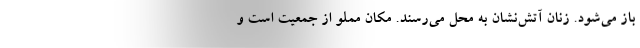
باز می‌شود. زنان آتش‌نشان به محل می‌رسند. مکان مملو از جمعیت است و